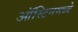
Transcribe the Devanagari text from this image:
ऑस्टिनमध्ये